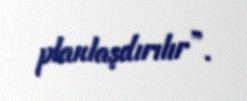
planlaşdırılır”.